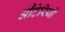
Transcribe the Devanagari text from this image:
औंटेरियो